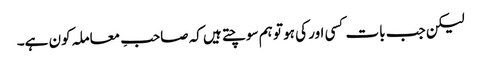
لیکن جب بات کسی اور کی ہو تو ہم سوچتے ہیں کہ صاحبِ معاملہ کون ہے۔